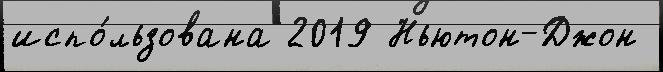
испо́льзована 2019 Ньютон-Джон